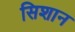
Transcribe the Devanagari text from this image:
सिशान